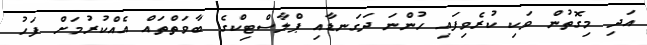
އަދި މިގޮތުން ވަކި ކުރެވިފައި ހުންނަ ދަގަނޑާއި ޕްލާސްޓިކްގެ ބާވަތްތައް އެއްކުރުމަށް ފަހު